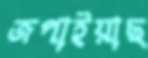
জপাইয়াছ